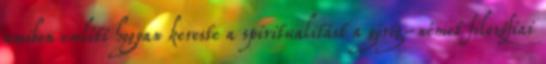
amiben említi hogyan kereste a spiritualitást a görög-német filozófiai